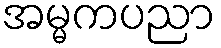
အမ္မကပညာ